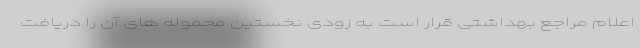
اعلام مراجع بهداشتی قرار است به زودی نخستین محموله های آن را دریافت